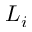
L _ { i }